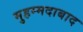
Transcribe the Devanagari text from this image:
मुहम्‍मदाबाद